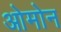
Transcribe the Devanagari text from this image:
ओमोन